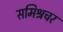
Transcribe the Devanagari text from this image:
समिश्रचर